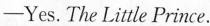
——Yes.The Little Prince.